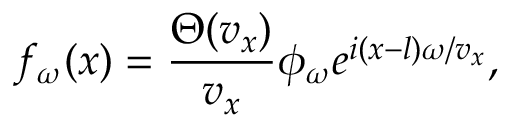
f _ { \omega } ( x ) = \frac { \Theta ( v _ { x } ) } { v _ { x } } \phi _ { \omega } e ^ { i ( x - l ) \omega / v _ { x } } ,